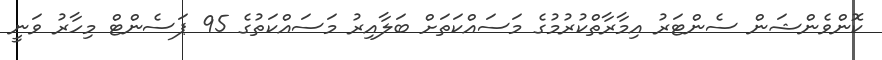
ކޮންވެންޝަން ސެންޓަރު އިމާރާތްކުރުމުގެ މަސައްކަތަށް ބަލާއިރު މަސައްކަތުގެ 95 ޕަސެންޓް މިހާރު ވަނީ